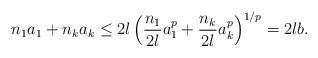
\begin{align*}n_{1}a_{1}+n_{k}a_{k}\leq2l\left( \frac{n_{1}}{2l}a_{1}^{p}+\frac{n_{k}}{2l}a_{k}^{p}\right) ^{1/p}=2lb. \end{align*}